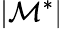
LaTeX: \lvert\mathcal{M}^{*}\rvert